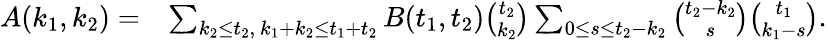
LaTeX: \begin{array}{rl}{A(k_{1},k_{2})=}&{\sum_{k_{2}\leq t_{2},\ k_{1}+k_{2}\leq t_{1}+t_{2}}B(t_{1},t_{2})\binom{t_{2}}{k_{2}}\sum_{0\leq s\leq t_{2}-k_{2}}\binom{t_{2}-k_{2}}{s}\binom{t_{1}}{k_{1}-s}.}\end{array}